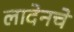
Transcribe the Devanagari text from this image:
लादेनचे